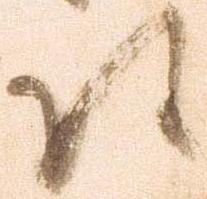
候